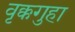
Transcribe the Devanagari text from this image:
वृक्कगुहा